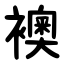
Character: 襖